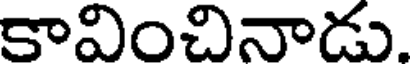
కావించినాడు.